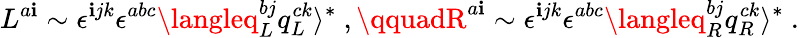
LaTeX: L^{a\mathbf{i}}\sim\epsilon^{\mathbf{i}jk}\epsilon^{abc}\langleq_{L}^{bj}q_{L}^{ck}\rangle^{*}\ ,\qquadR^{a\mathbf{i}}\sim\epsilon^{\mathbf{i}jk}\epsilon^{abc}\langleq_{R}^{bj}q_{R}^{ck}\rangle^{*}\ .